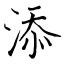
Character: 添